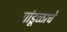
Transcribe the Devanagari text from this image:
गांडूळाचे